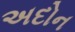
અદોન